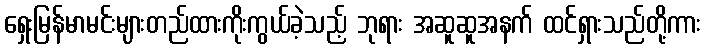
ရှေးမြန်မာမင်းများတည်ထားကိုးကွယ်ခဲ့သည့် ဘုရား အဆူဆူအနက် ထင်ရှားသည်တို့ကား